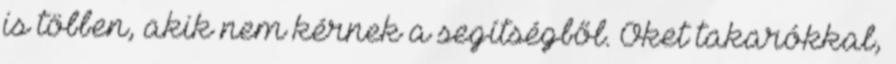
is többen, akik nem kérnek a segítségből. Őket takarókkal,